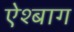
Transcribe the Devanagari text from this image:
ऐश्बाग